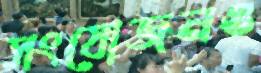
সংযোজনও